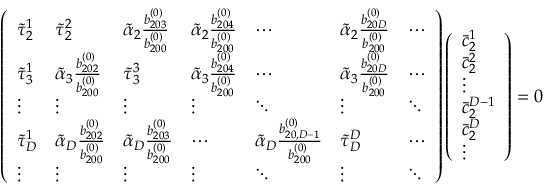
\left( \begin{array} { l l l l l l l } { \tilde { \tau } _ { 2 } ^ { 1 } } & { \tilde { \tau } _ { 2 } ^ { 2 } } & { \tilde { \alpha } _ { 2 } \frac { b _ { 2 0 3 } ^ { ( 0 ) } } { b _ { 2 0 0 } ^ { ( 0 ) } } } & { \tilde { \alpha } _ { 2 } \frac { b _ { 2 0 4 } ^ { ( 0 ) } } { b _ { 2 0 0 } ^ { ( 0 ) } } } & { \cdots } & { \tilde { \alpha } _ { 2 } \frac { b _ { 2 0 D } ^ { ( 0 ) } } { b _ { 2 0 0 } ^ { ( 0 ) } } } & { \cdots } \\ { \tilde { \tau } _ { 3 } ^ { 1 } } & { \tilde { \alpha } _ { 3 } \frac { b _ { 2 0 2 } ^ { ( 0 ) } } { b _ { 2 0 0 } ^ { ( 0 ) } } } & { \tilde { \tau } _ { 3 } ^ { 3 } } & { \tilde { \alpha } _ { 3 } \frac { b _ { 2 0 4 } ^ { ( 0 ) } } { b _ { 2 0 0 } ^ { ( 0 ) } } } & { \cdots } & { \tilde { \alpha } _ { 3 } \frac { b _ { 2 0 D } ^ { ( 0 ) } } { b _ { 2 0 0 } ^ { ( 0 ) } } } & { \cdots } \\ { \vdots } & { \vdots } & { \vdots } & { \vdots } & { \ddots } & { \vdots } & { \ddots } \\ { \tilde { \tau } _ { D } ^ { 1 } } & { \tilde { \alpha } _ { D } \frac { b _ { 2 0 2 } ^ { ( 0 ) } } { b _ { 2 0 0 } ^ { ( 0 ) } } } & { \tilde { \alpha } _ { D } \frac { b _ { 2 0 3 } ^ { ( 0 ) } } { b _ { 2 0 0 } ^ { ( 0 ) } } } & { \cdots } & { \tilde { \alpha } _ { D } \frac { b _ { 2 0 , D - 1 } ^ { ( 0 ) } } { b _ { 2 0 0 } ^ { ( 0 ) } } } & { \tilde { \tau } _ { D } ^ { D } } & { \cdots } \\ { \vdots } & { \vdots } & { \vdots } & { \vdots } & { \ddots } & { \vdots } & { \ddots } \end{array} \right) \left( \begin{array} { l } { \bar { c } _ { 2 } ^ { 1 } } \\ { \bar { c } _ { 2 } ^ { 2 } } \\ { \vdots } \\ { \bar { c } _ { 2 } ^ { D - 1 } } \\ { \bar { c } _ { 2 } ^ { D } } \\ { \vdots } \end{array} \right) = \boldsymbol { 0 }